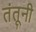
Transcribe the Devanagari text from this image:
तंतूनी